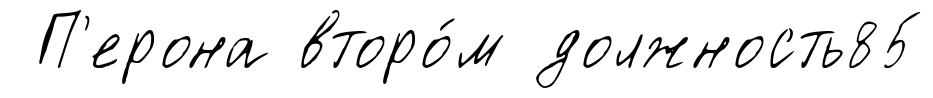
П'ерона второ́м должность85